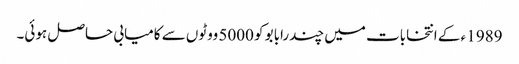
1989 ء کے انتخابات میں چندرابابو کو 5000 ووٹوں سے کامیابی حاصل ہوئی۔